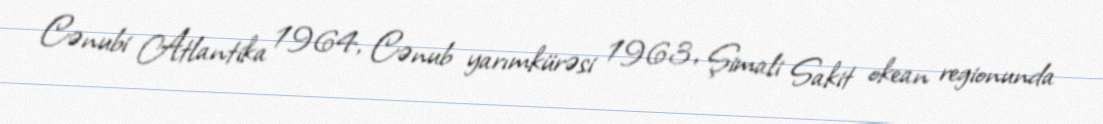
Cənubi Atlantika 1964, Cənub yarımkürəsi 1963, Şimali Sakit okean regionunda